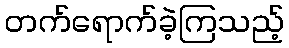
တက်ရောက်ခဲ့ကြသည့်